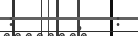
: